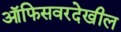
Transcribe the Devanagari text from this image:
ऑफिसवरदेखील